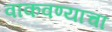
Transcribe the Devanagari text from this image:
वाकवण्याचा